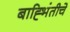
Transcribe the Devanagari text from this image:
बाह्भिंतीचे